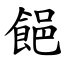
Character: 䭂